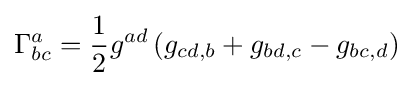
\Gamma _{bc}^{a}={\frac {1}{2}}g^{ad}\left(g_{cd,b}+g_{bd,c}-g_{bc,d}\right)